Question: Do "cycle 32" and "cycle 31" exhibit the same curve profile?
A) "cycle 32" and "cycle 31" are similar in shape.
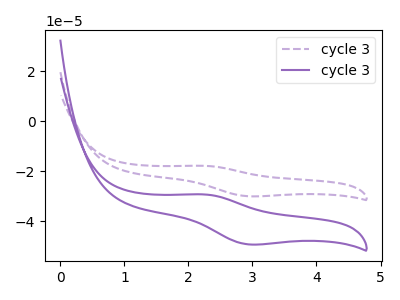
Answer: <think>The purple dashed curve "cycle 31" has an anodic peak at (2.25V, -17.85uA) and a cathodic peak at (2.95V, -30.00uA). The purple curve "cycle 32" has an anodic peak at (2.25V, -29.30uA) and a cathodic peak at (2.95V, -49.30uA).
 All the peaks in "cycle 32" have a peak in "cycle 31" at the same potential.</think>
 <answer>A) "cycle 32" and "cycle 31" are similar in shape.</answer>
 <eval>A</eval>